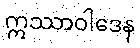
ဣဿာဝါဒေန